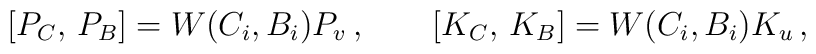
{}[P_{C},\,P_{B}]=W(C_i,B_i)P_v\,,\qquad[K_{C},\,K_{B}]=W(C_i,B_i)K_u\,,